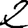
Digit: 2